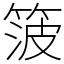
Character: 箥